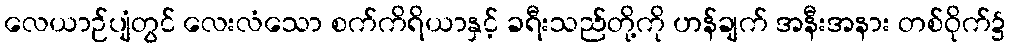
လေယာဉ်ပျံတွင် လေးလံသော စက်ကိရိယာနှင့် ခရီးသည်တို့ကို ဟန်ချက် အနီးအနား တစ်ဝိုက်၌